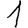
Digit: 1